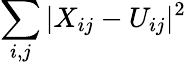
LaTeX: \sum_{i,j}|X_{ij}-U_{ij}|^{2}